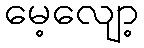
မေ့လျော့